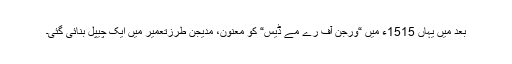
بعد میں یہاں 1515ء میں “ورجن آف رے مے ڈيس“ کو معنون، مدیجن طرزتعمیر میں ایک چیپل بنائی گئی۔